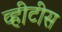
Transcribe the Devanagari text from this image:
व्हीटीस